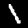
Label: 1